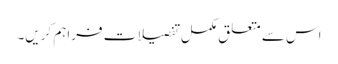
اس سے متعلق مکمل تفصیلات فراہم کریں۔